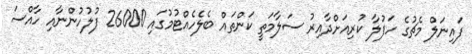
ފައިނަލް މެޗުގެ ހަފުލާ ކުރިއަށްދާއިރު ސަލާމަތީ ކަންތައް ބެލެހެއްޓުމުގައި 26000 ފުލުހުންނާއި ހާއްސަ